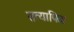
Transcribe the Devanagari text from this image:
सत्यापित।